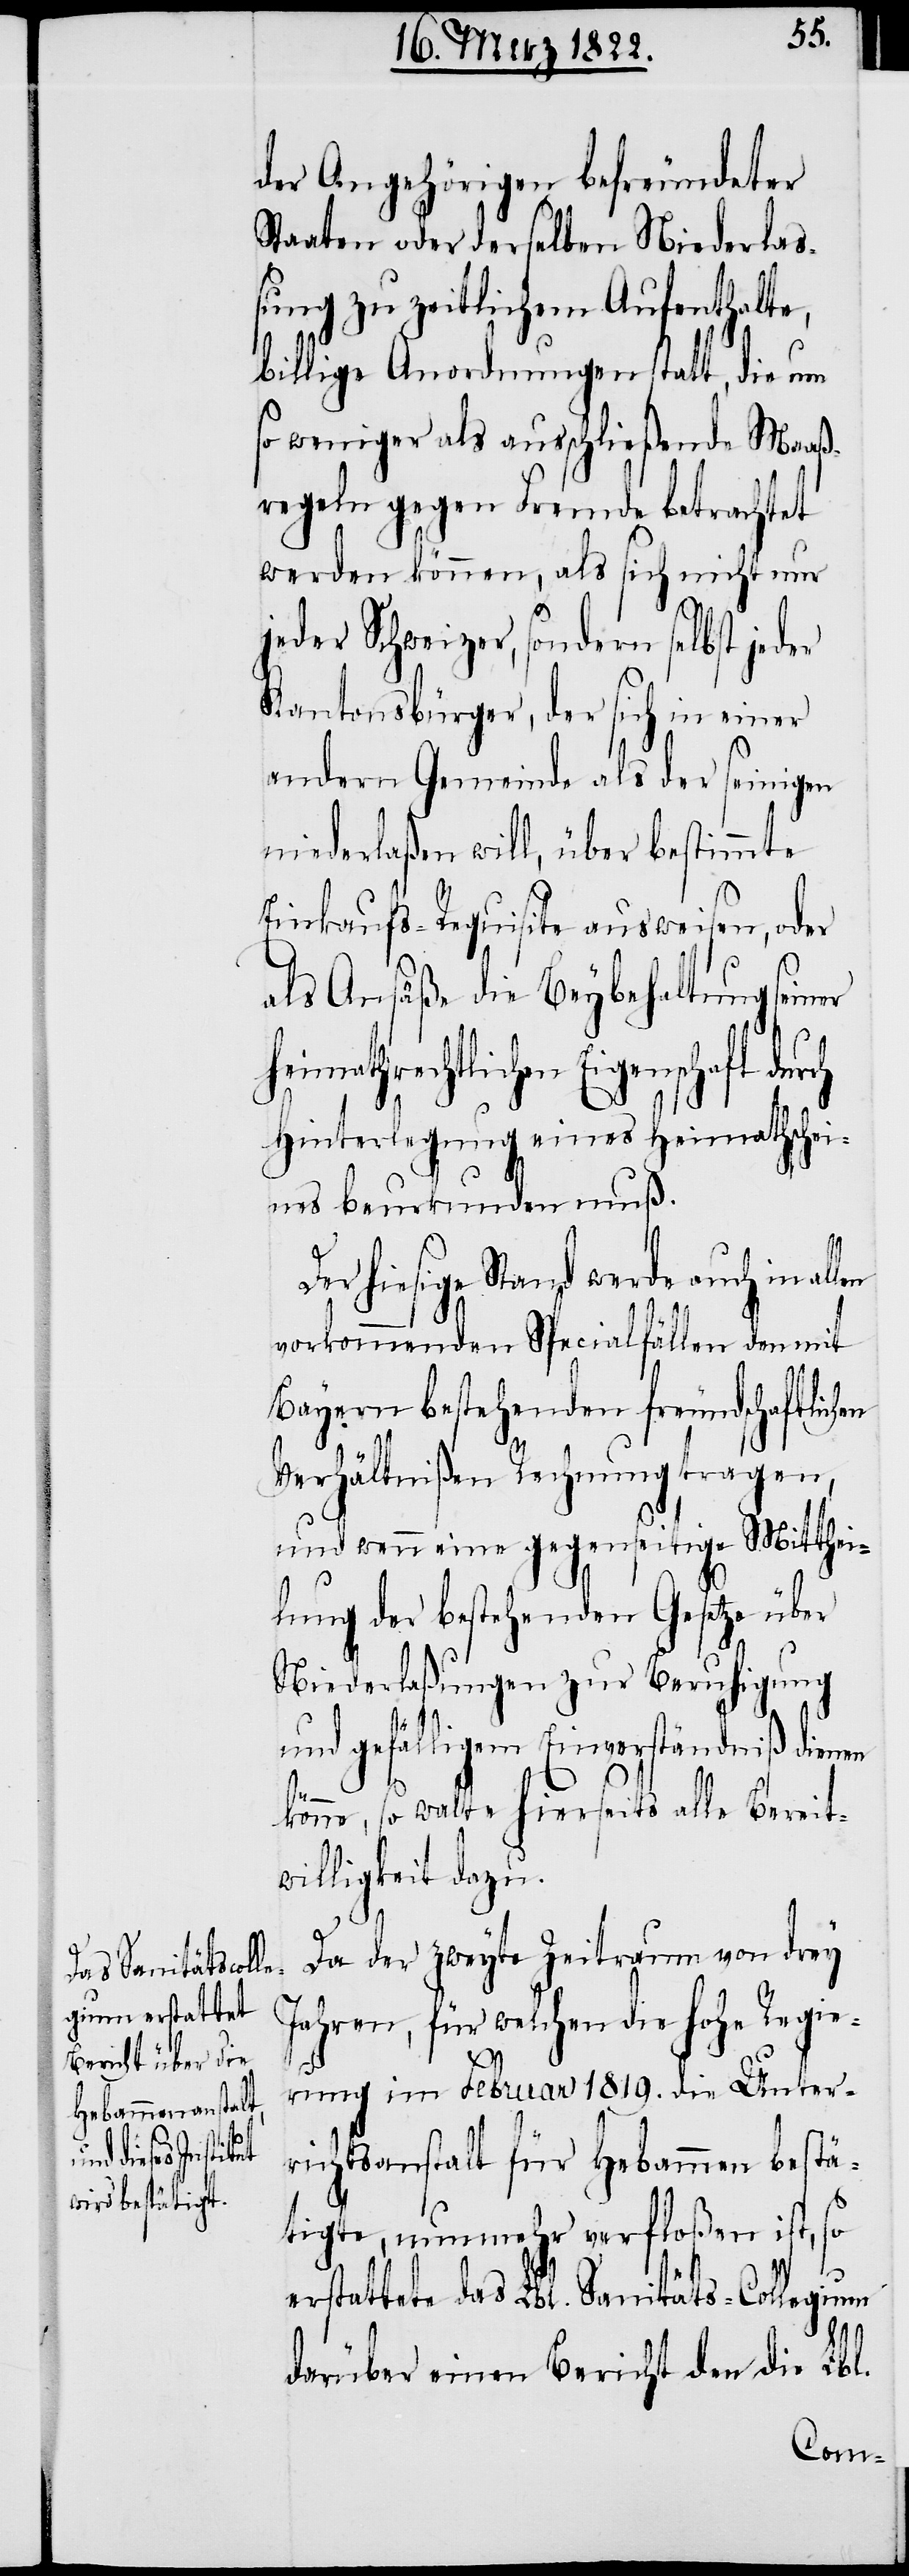
der Angehörigen befreundeter
Staaten oder derselben Niederlaß¬
ung zu zeitlichem Aufenthalte,
billige Anordnungen statt, die um
so weniger als ausschließende Maaß¬
regeln gegen Fremde betrachtet
werden können, als sich nicht nur
jeder Schweizer, sondern selbst jed¬
Kantonsbürger, der sich in einer
andern Gemeinde als der seinigen
niederlaßen will, über bestimmte
Einkaufs-Requisite ausweisen, oder
als Ansäße die Beybehaltung seiner
heimathrechtlichen Eigenschaft dur¬
Hinterlegung eines Heimathschei¬
nes beurkunden muß.
Der hiesige Stand werde auch in
vorkommenden Streitfällen den mit
Bayern bestehenden freundschaftlichen
Verhältnißen Rechnung tragen,
und wenn eine gegenseitige Mitthei¬
lung der bestehenden Gesetze über
Niederlaßungen zur Beruhigung
und gefälligem Einverständniß dienen
er
könne, so walte hierseits alle Bereit¬
willigkeit dazu.
ch
Da der zweyte Zeitraum von drey
Jahren, für welchen die hohe Regie¬
rung im Februar 1819. die Unter¬
richtsanstalt für Hebammen bestä¬
tigte, nunmehr verfloßen ist, so
erstattete das Lbl. Sanitäts-Collegium
darüber einen Bericht den die Lbl.